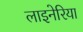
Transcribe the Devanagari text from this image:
लाइनेरिया